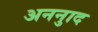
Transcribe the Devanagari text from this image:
अननुाद